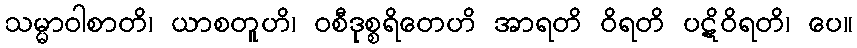
သမ္မာဝါစာတိ၊ ယာစတူဟိ၊ ဝစီဒုစ္စရိတေဟိ အာရတိ ဝိရတိ ပဋိဝိရတိ၊ ပေ။